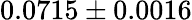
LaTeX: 0.0715\pm 0.0016